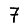
Digit: 7